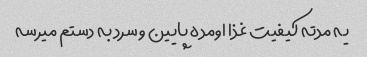
یه مدته کیفیت غذا اومده پایین و سرد به دستم میرسه